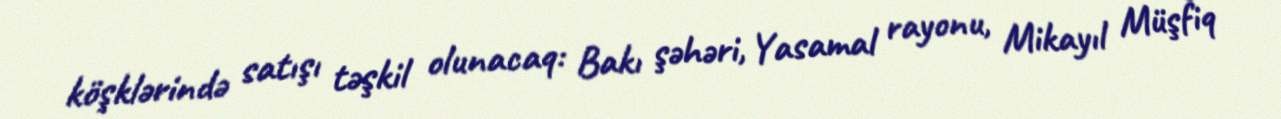
köşklərində satışı təşkil olunacaq: Bakı şəhəri, Yasamal rayonu, Mikayıl Müşfiq